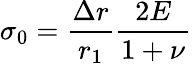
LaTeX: \sigma_{0}=\frac{\Delta r}{r_{1}}\frac{2E}{1+\nu}